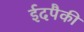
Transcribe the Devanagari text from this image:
ईदपैकी